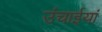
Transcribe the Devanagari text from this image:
उंचाईयां